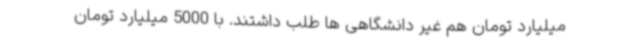
میلیارد تومان هم غیر دانشگاهی ها طلب داشتند. با 5000 میلیارد تومان